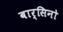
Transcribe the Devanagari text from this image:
बार्सिनो